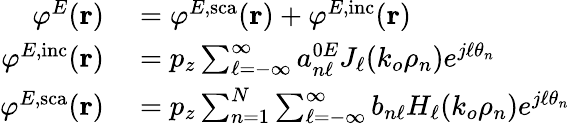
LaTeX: \begin{array}{rl}{\varphi^{E}(\mathbf{r})}&{{}=\varphi^{E,\mathrm{sca}}(\mathbf{r})+\varphi^{E,\mathrm{inc}}(\mathbf{r})}\\ {\varphi^{E,\mathrm{inc}}(\mathbf{r})}&{{}=p_{z}\sum_{\ell=-\infty}^{\infty}a_{n\ell}^{0E}J_{\ell}(k_{o}\rho_{n})e^{j\ell\theta_{n}}}\\ {\varphi^{E,\mathrm{sca}}(\mathbf{r})}&{{}=p_{z}\sum_{n=1}^{N}\sum_{\ell=-\infty}^{\infty}b_{n\ell}H_{\ell}(k_{o}\rho_{n})e^{j\ell\theta_{n}}}\end{array}